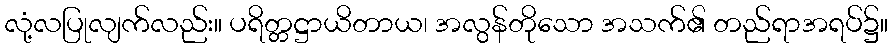
လုံ့လပြုလျက်လည်း။ ပရိတ္တဋ္ဌာယိတာယ၊ အလွန်တိုသော အသက်၏ တည်ရာအရပ်၌။